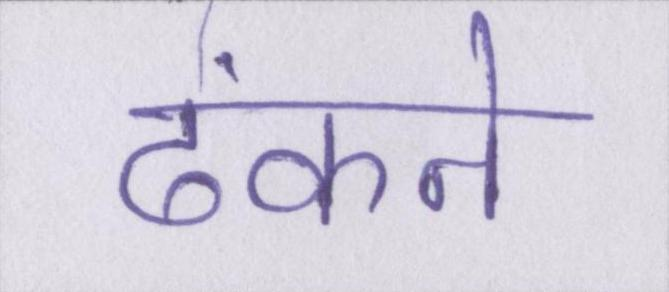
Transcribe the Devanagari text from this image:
ढंकने